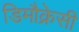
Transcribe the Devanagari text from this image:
डिमौक्रेसी